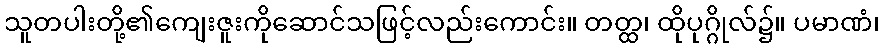
သူတပါးတို့၏ကျေးဇူးကိုဆောင်သဖြင့်လည်းကောင်း။ တတ္ထ၊ ထိုပုဂ္ဂိုလ်၌။ ပမာဏံ၊